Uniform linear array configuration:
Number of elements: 4
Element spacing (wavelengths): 1
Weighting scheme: binomial
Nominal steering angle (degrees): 0
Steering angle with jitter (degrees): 0.657
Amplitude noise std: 0.05
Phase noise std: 0.05

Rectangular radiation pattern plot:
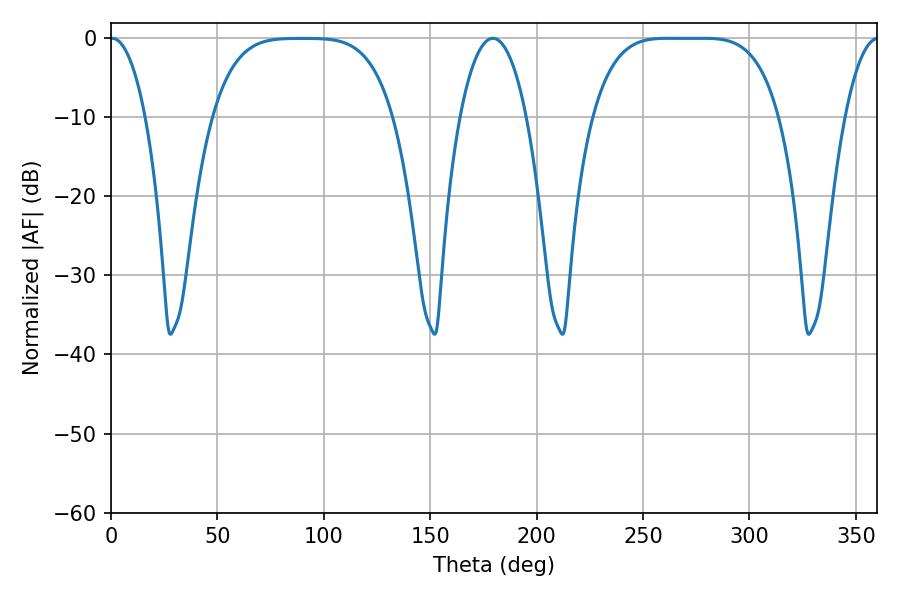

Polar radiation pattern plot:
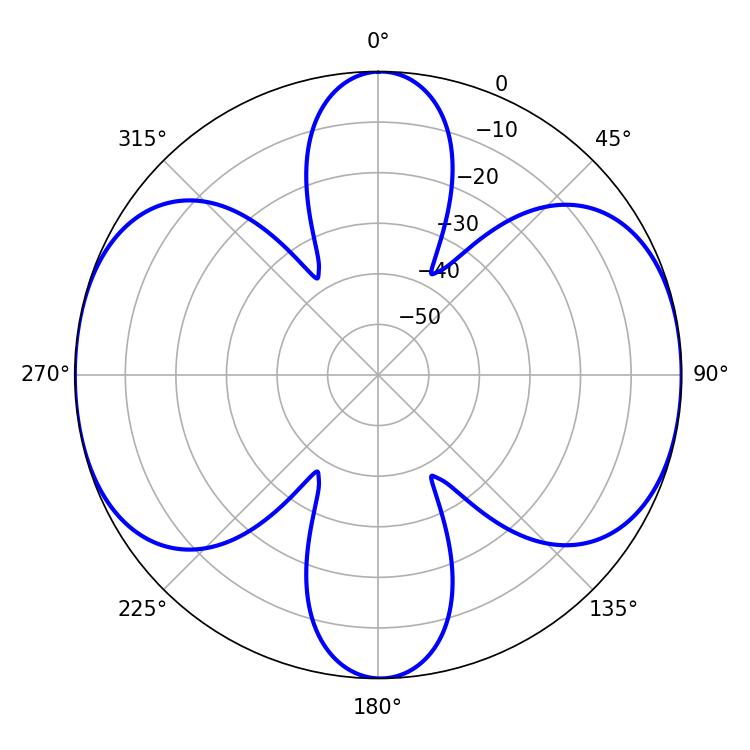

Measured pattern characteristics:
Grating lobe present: TRUE
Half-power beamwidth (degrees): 9.18
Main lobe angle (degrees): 0.54